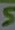
Text: 5